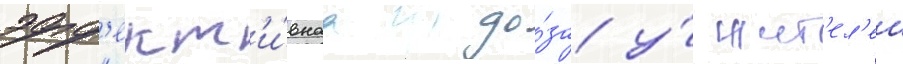
эфф'ект'и́внаа до́за у́ жит'ел'еи